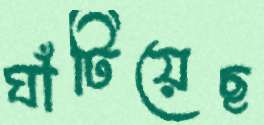
ঘাঁটিয়েছ